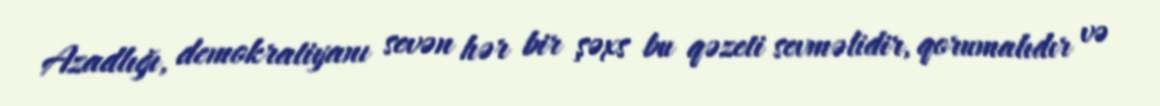
Azadlığı, demokratiyanı sevən hər bir şəxs bu qəzeti sevməlidir, qorumalıdır və